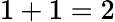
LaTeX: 1+1=2